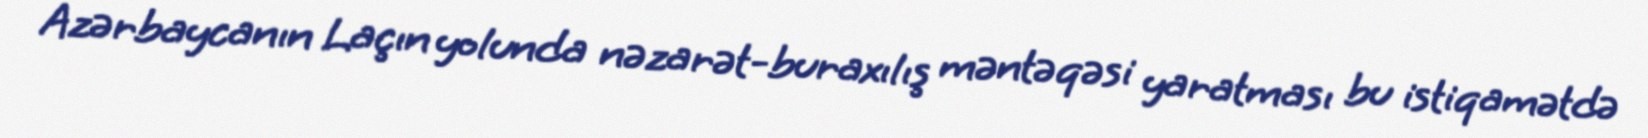
Azərbaycanın Laçın yolunda nəzarət-buraxılış məntəqəsi yaratması bu istiqamətdə